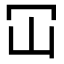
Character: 冚